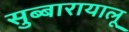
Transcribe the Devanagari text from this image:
सुब्बारायालू